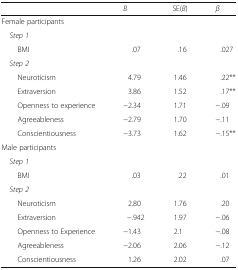
<table><thead><tr><td></td><td><b><i>B</i></b></td><td><b>SE(<i>B</i>)</b></td><td><b><i>β</i></b></td></tr></thead><tbody><tr><td>Female participants</td><td></td><td></td><td></td></tr><tr><td> <i>Step 1</i></td><td></td><td></td><td></td></tr><tr><td>BMI</td><td>.07</td><td>.16</td><td>.027</td></tr><tr><td> <i>Step 2</i></td><td></td><td></td><td></td></tr><tr><td>Neuroticism</td><td>4.79</td><td>1.46</td><td>.22**</td></tr><tr><td>Extraversion</td><td>3.86</td><td>1.52</td><td>.17**</td></tr><tr><td>Openness to experience</td><td>−2.34</td><td>1.71</td><td>−.09</td></tr><tr><td>Agreeableness</td><td>−2.79</td><td>1.70</td><td>−.11</td></tr><tr><td>Conscientiousness</td><td>−3.73</td><td>1.62</td><td>−.15**</td></tr><tr><td>Male participants</td><td></td><td></td><td></td></tr><tr><td> <i>Step 1</i></td><td></td><td></td><td></td></tr><tr><td>BMI</td><td>.03</td><td>.22</td><td>.01</td></tr><tr><td> <i>Step 2</i></td><td></td><td></td><td></td></tr><tr><td>Neuroticism</td><td>2.80</td><td>1.76</td><td>.20</td></tr><tr><td>Extraversion</td><td>−.942</td><td>1.97</td><td>−.06</td></tr><tr><td>Openness to Experience</td><td>−1.43</td><td>2.1</td><td>−.08</td></tr><tr><td>Agreeableness</td><td>−2.06</td><td>2.06</td><td>−.12</td></tr><tr><td>Conscientiousness</td><td>1.26</td><td>2.02</td><td>.07</td></tr></tbody></table>